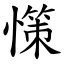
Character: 憡